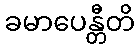
ခမာပေန္တီတိ